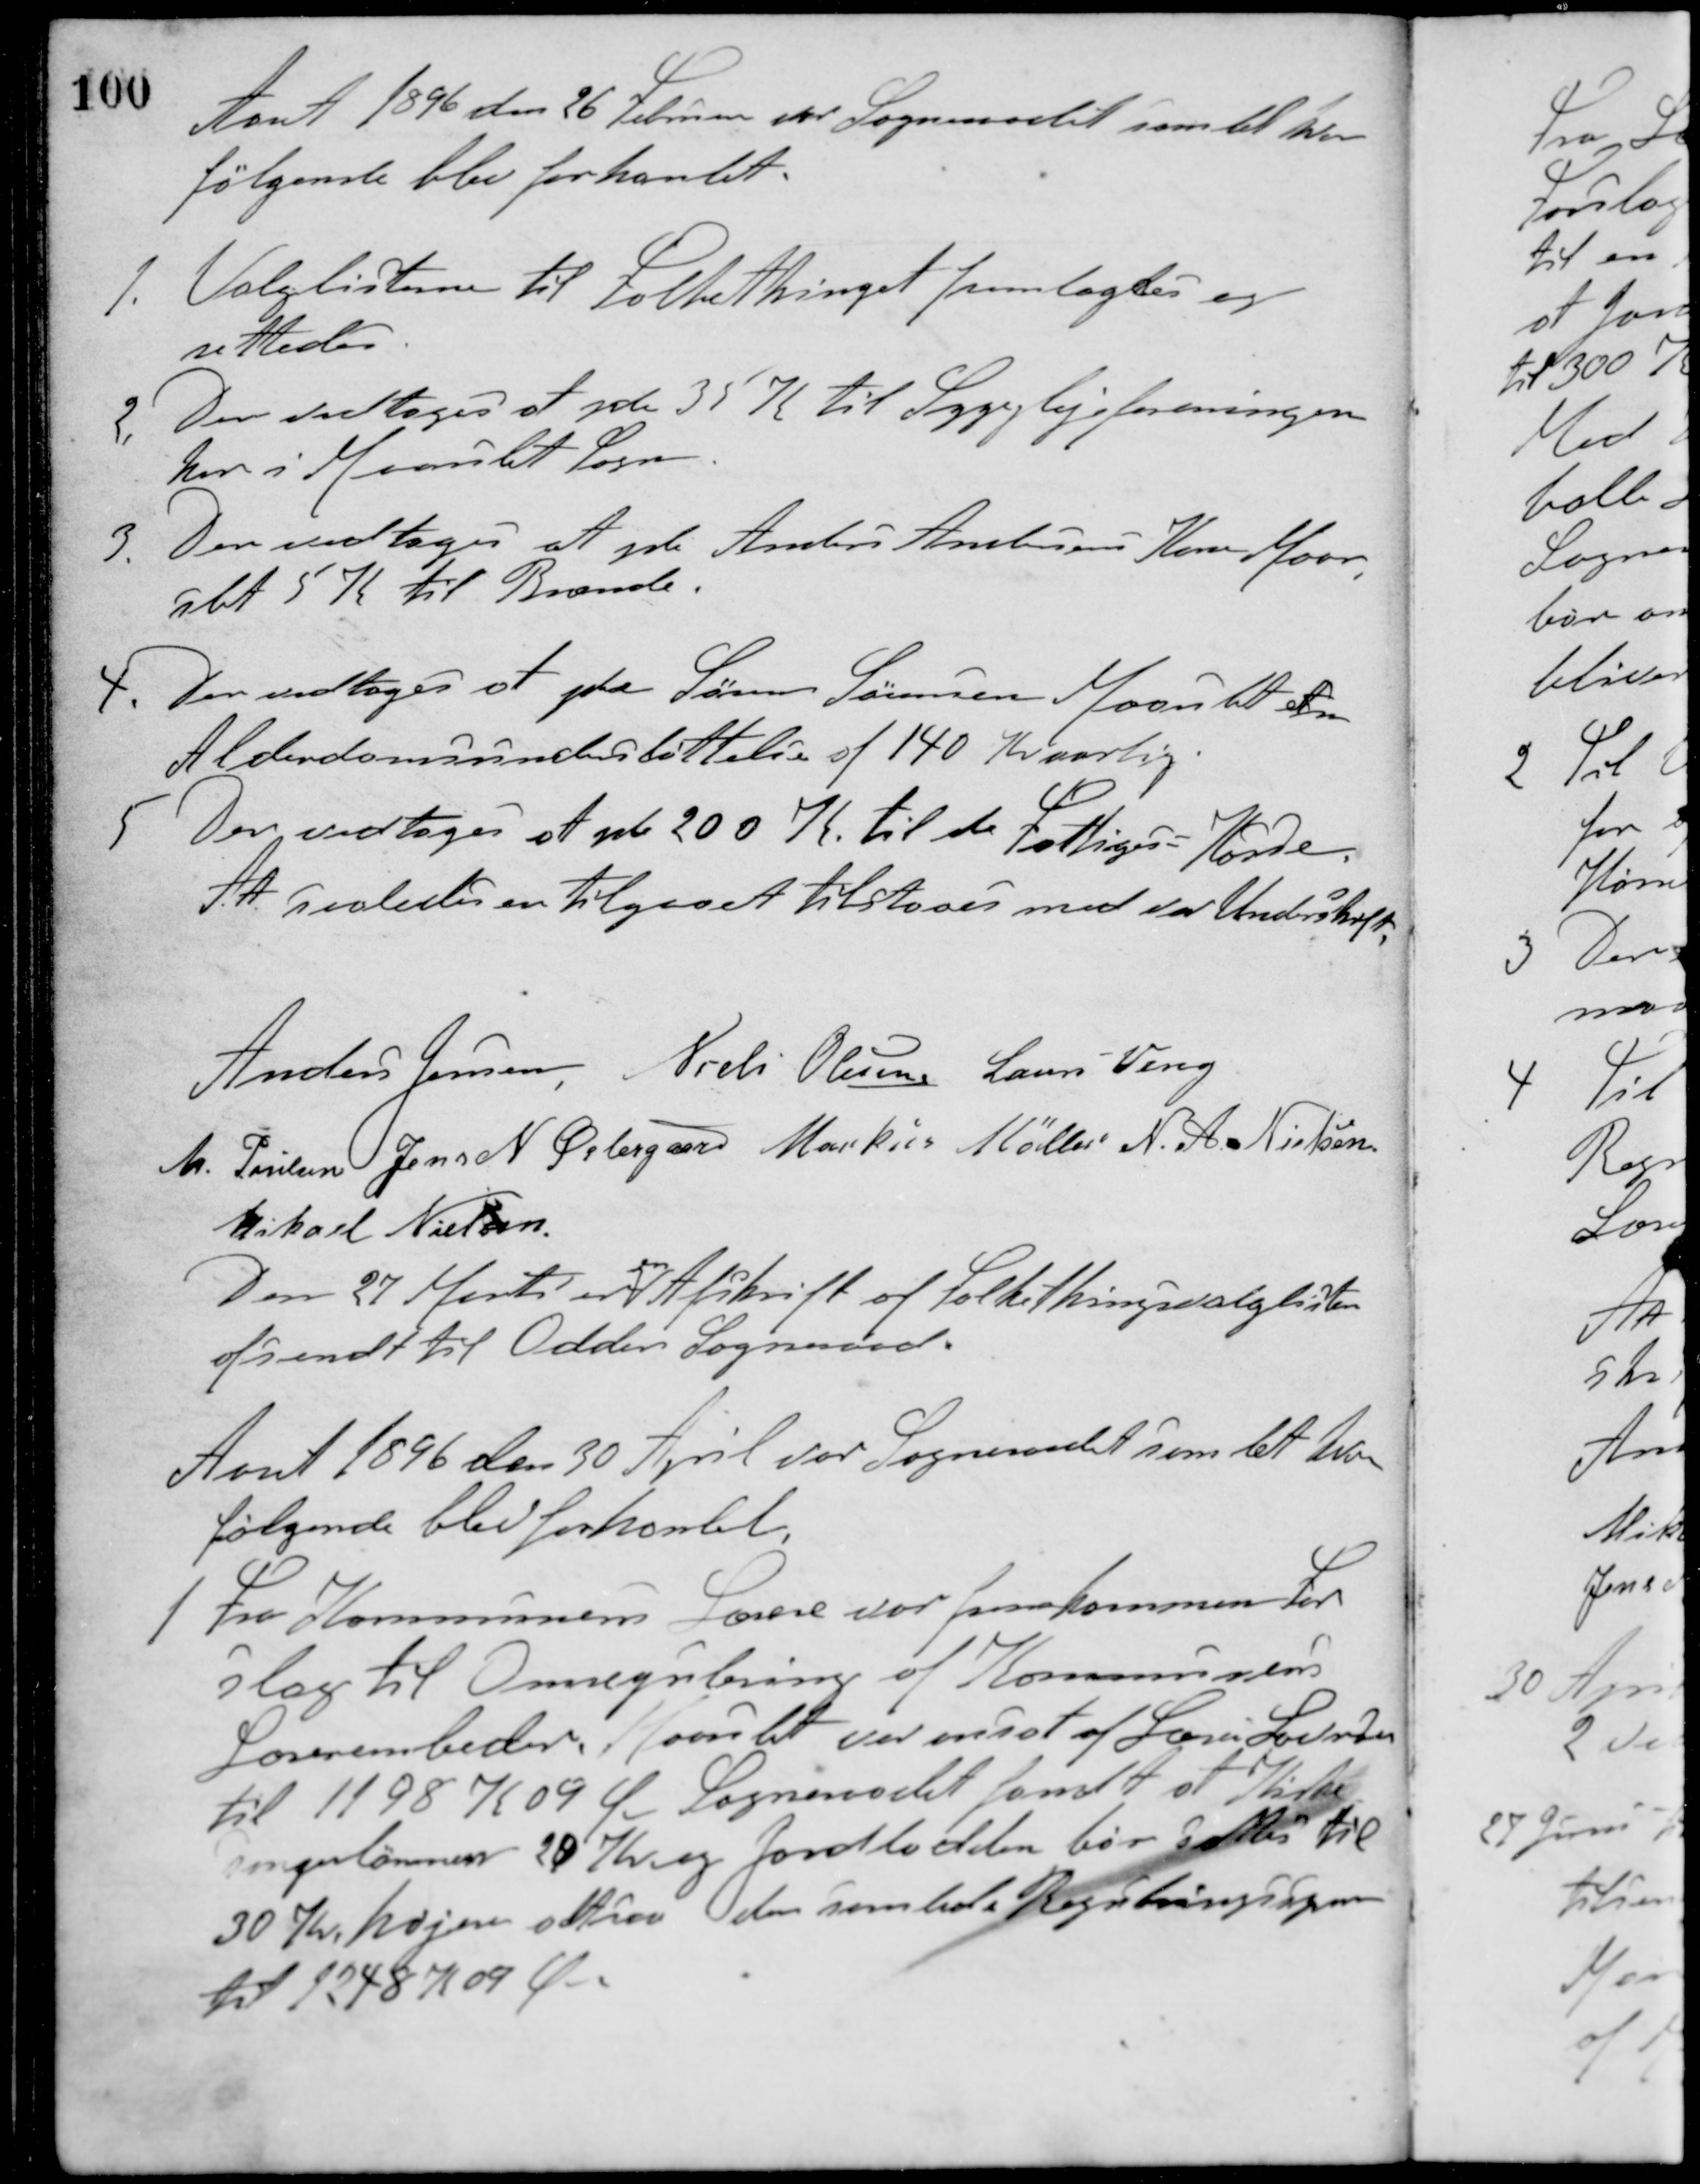
Transskription:
Aaret 1896 den 26 Februar var Sogneraadet samlet hvor
følgende blev forhandlet.
1. Valglisterne til Folkethinget fremlagtes og
rettedes.
2. Der vedtoges at yde 35 K til Sygeplejeforeningen
her i Maarslet Sogn.
3. Der vedtoges at yde Anders Andersens Kone Maren
ialt 5 K til Brænde.
4. Der vedtoges at yde Søren Sørensen Maarslet en
Alderdomsunderstøttelse af 140 Kr aarlig.
5. Der vedtoges at yde 200 K til de Fattiges Kasse.
At saaledes er tilgaaet tilstaaes med vor Underskrift.
Anders Jensen Niels Olesen Laurs Veng
M. Poulsen Jens N. Østergaard Markus Møller N. A. Nielsen
Mikael Nielsen
Den 27 Marts er
en
Afskrift af Folkethingsvalglisten
afsendt til Odder Sogneraad.
Aaret 1896 den 30 April var Sogneraadet samlet hvor
følgende blev forhandlet.
1 Fra Kommunens Lærere var fremkommen For-
slag til Omregulering af Kommunens
Lærerembeder. Maarslet var ansat af Lærer Laursen
til 1198 K 09 Ø Sogneraadet fandt at Kirke-
sangerlønnen 20 Kr og Jordlodden bør sættes til
30 Kr. højere altsaa den samlede Regnbringsspor
til 1248 K 09 Øre